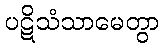
ပဋိသံသာမေတွာ